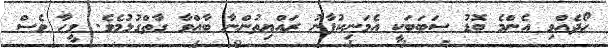
ހޯދެއްވި އެންމެ ބޮޑު ސަބަބަކީ އެމަނިކުފާނު ރައްޔިތުންނާ ބާއްވާ ގާތްގުޅުމެވެ. ވީހާ ވެސް